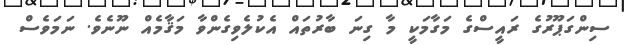
ސިންގަޕޫރުގެ ރައީސްގެ މަގާމަކީ މާ ގިނަ ބާރުތައް އެކުލެވިގެންވާ މަޤާމެއް ނޫނެވެ. ނަމަވެސް